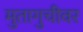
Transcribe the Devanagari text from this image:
मुतागुचीवर